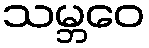
သမ္ဘဝေ